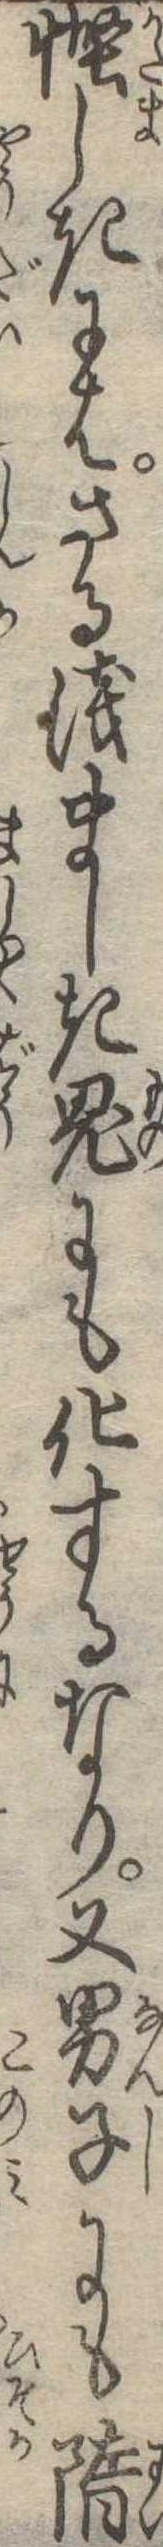
慳しきにはさる浅ましき鬼にも化するなり又男子にも隋